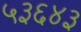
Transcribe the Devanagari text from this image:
५३६४३